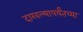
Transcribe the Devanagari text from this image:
दाखल्यापर्यंतच्या